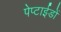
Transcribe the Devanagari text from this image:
पेप्टाईडों